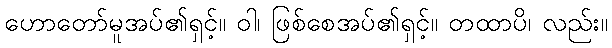
ဟောတော်မူအပ်၏ရှင့်။ ဝါ၊ ဖြစ်စေအပ်၏ရှင့်။ တထာပိ၊ လည်း။